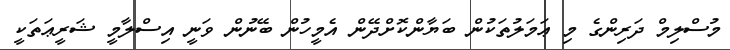
މުސްލިމް ދަރިންގެ މި ޢަމަލުތަކުން ބަޔާންކޮށްދޭން އެމީހުން ބޭނުން ވަނީ އިސްލާމީ ޝަރީޢަތަކީ